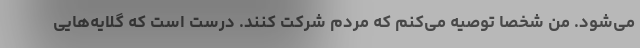
می‌شود. من شخصا توصیه می‌کنم که مردم شرکت کنند. درست است که گلایه‌هایی